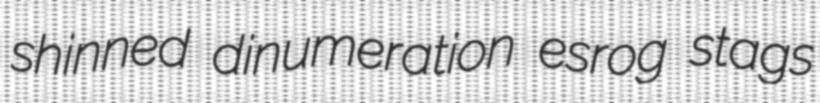
shinned dinumeration esrog stags